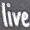
live